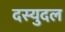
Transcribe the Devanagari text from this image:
दस्युदल